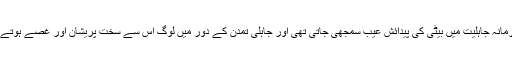
لیکن زمانہ جاہلیت میں بیٹی کی پیدائش عیب سمجھی جاتی تھی اور جاہلی تمدن کے دور میں لوگ اس سے سخت پریشان اور غصے ہوتے تھے۔